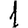
Digit: 1